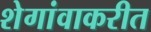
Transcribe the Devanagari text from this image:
शेगांवाकरीत